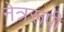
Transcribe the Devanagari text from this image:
नेत्ररूपी